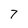
Character: 7